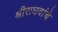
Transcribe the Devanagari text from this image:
श्रीराघवांचे